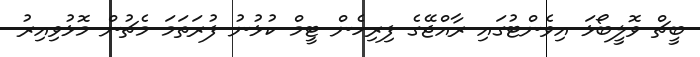
ބީޗް ވޮލީބޯޅަ އިވެންޓުގައި ރާއްޖޭގެ ފިރިހެން ޓީމް ކުޅުނު ފުރަތަމަ މެޗުން މޮޅުވިއިރު